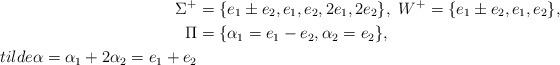
LaTeX: \begin{align*}\Sigma^{+}&=\{ e_{1}\pm e_{2}, e_{1}, e_{2}, 2e_{1}, 2e_{2}\},\ W^{+}=\{ e_{1}\pm e_{2}, e_{1}, e_{2}\}, \\\Pi& =\{\alpha_{1}=e_{1}-e_{2}, \alpha_{2}= e_{2}\},\\tilde{\alpha}=\alpha_{1}+2\alpha_{2}=e_{1}+e_{2}\end{align*}